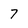
Character: 7